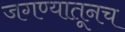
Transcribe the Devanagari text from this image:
जगण्यातूनच